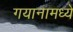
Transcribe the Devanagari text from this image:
गयानामध्ये